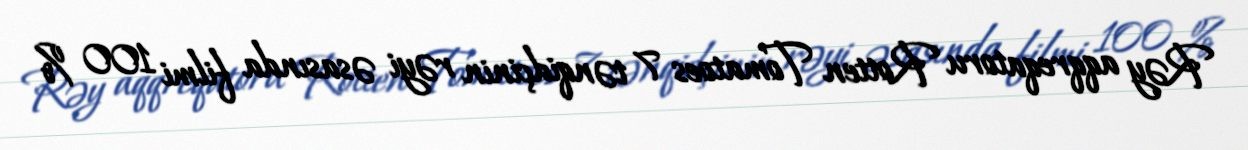
Rəy aqqreqatoru Rotten Tomatoes 7 tənqidçinin rəyi əsasında filmi 100 %